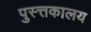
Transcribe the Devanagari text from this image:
पुस्त्तकालय